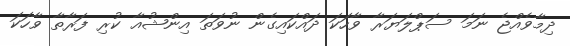
ދިމާވެއްޖެ ނަމަ ސަޕްލަޔަރާ ވާހަކަ ދައްކައިގެން ނުވަތަ އިންޝުއާ ކުރި ފަރާތާ ވާހަކަ